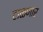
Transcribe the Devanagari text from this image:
टाळणार